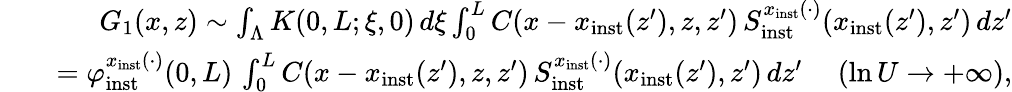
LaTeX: \begin{array}{rlr}&{}&{G_{1}(x,z)\sim\int_{\Lambda}K(0,L;\xi,0)\, d\xi\int_{0}^{L}C(x-x_{\mathrm{inst}}(z^{\prime}),z,z^{\prime})\, S_{\mathrm{inst}}^{x_{\mathrm{inst}}(\cdot)}(x_{\mathrm{inst}}(z^{\prime}),z^{\prime})\, dz^{\prime}}\\ &{}&{=\varphi_{\mathrm{inst}}^{x_{\mathrm{inst}}(\cdot)}(0,L)\, \int_{0}^{L}C(x-x_{\mathrm{inst}}(z^{\prime}),z,z^{\prime})\, S_{\mathrm{inst}}^{x_{\mathrm{inst}}(\cdot)}(x_{\mathrm{inst}}(z^{\prime}),z^{\prime})\, dz^{\prime}\ \ \ \ \ (\ln U\to+\infty),}\end{array}